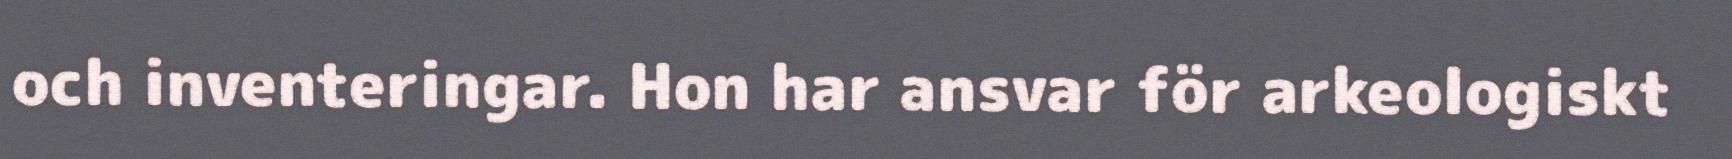
och inventeringar. Hon har ansvar för arkeologiskt